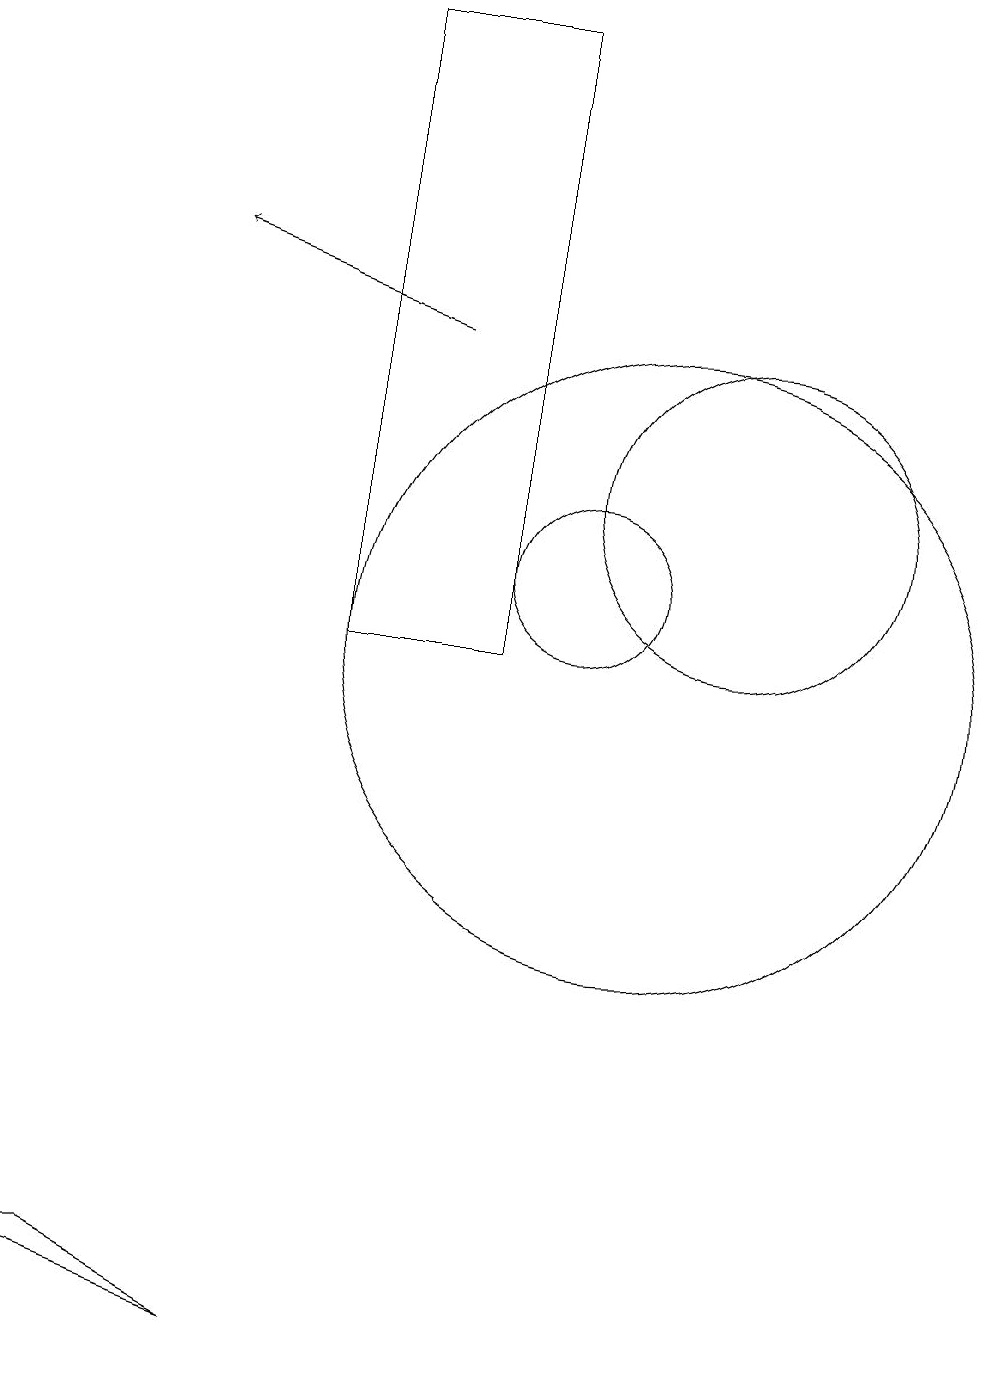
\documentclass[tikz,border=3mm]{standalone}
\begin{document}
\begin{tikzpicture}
\draw (12,12) circle (0);
\draw (12,12) circle (2);
\draw (3,2) -- (4,2) -- (6,1) -- cycle;
\draw (10,11) circle (1);
\draw[->] (8,14) -- (5,15);
\draw (11,10) circle (4);
\draw (7,18) rectangle (9,10);
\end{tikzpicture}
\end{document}